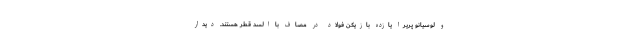
و لوسیانو پریرا یازده بازیکن فولاد در مصاف با السد قطر هستند. دیدار